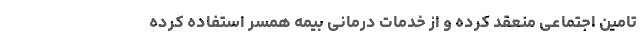
تامین اجتماعی منعقد کرده و از خدمات درمانی بیمه همسر استفاده کرده